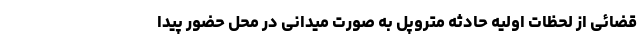
قضائی از لحظات اولیه حادثه متروپل به صورت میدانی در محل حضور پیدا